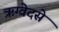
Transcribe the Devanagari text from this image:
ऋग्वेदसे